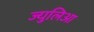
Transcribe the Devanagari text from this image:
ज्युलिआ